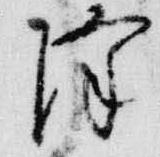
降